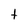
Character: t